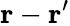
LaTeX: \mathbf{r}-\mathbf{r}^{\prime}